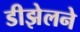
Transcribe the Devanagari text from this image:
डीझेलने